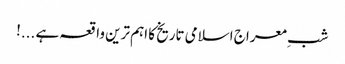
شبِ معراج اسلامی تاریخ کا اہم ترین واقعہ ہے ...!